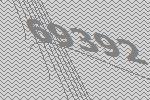
69392